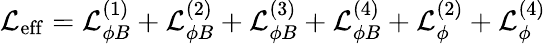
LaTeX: {\cal L}_{\mathrm{eff}}={\cal L}_{\phi B}^{(1)}+{\cal L}_{\phi B}^{(2)}+{\cal L}_{\phi B}^{(3)}+{\cal L}_{\phi B}^{(4)}+{\cal L}_{\phi}^{(2)}+{\cal L}_{\phi}^{(4)}